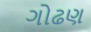
ગોઢણ